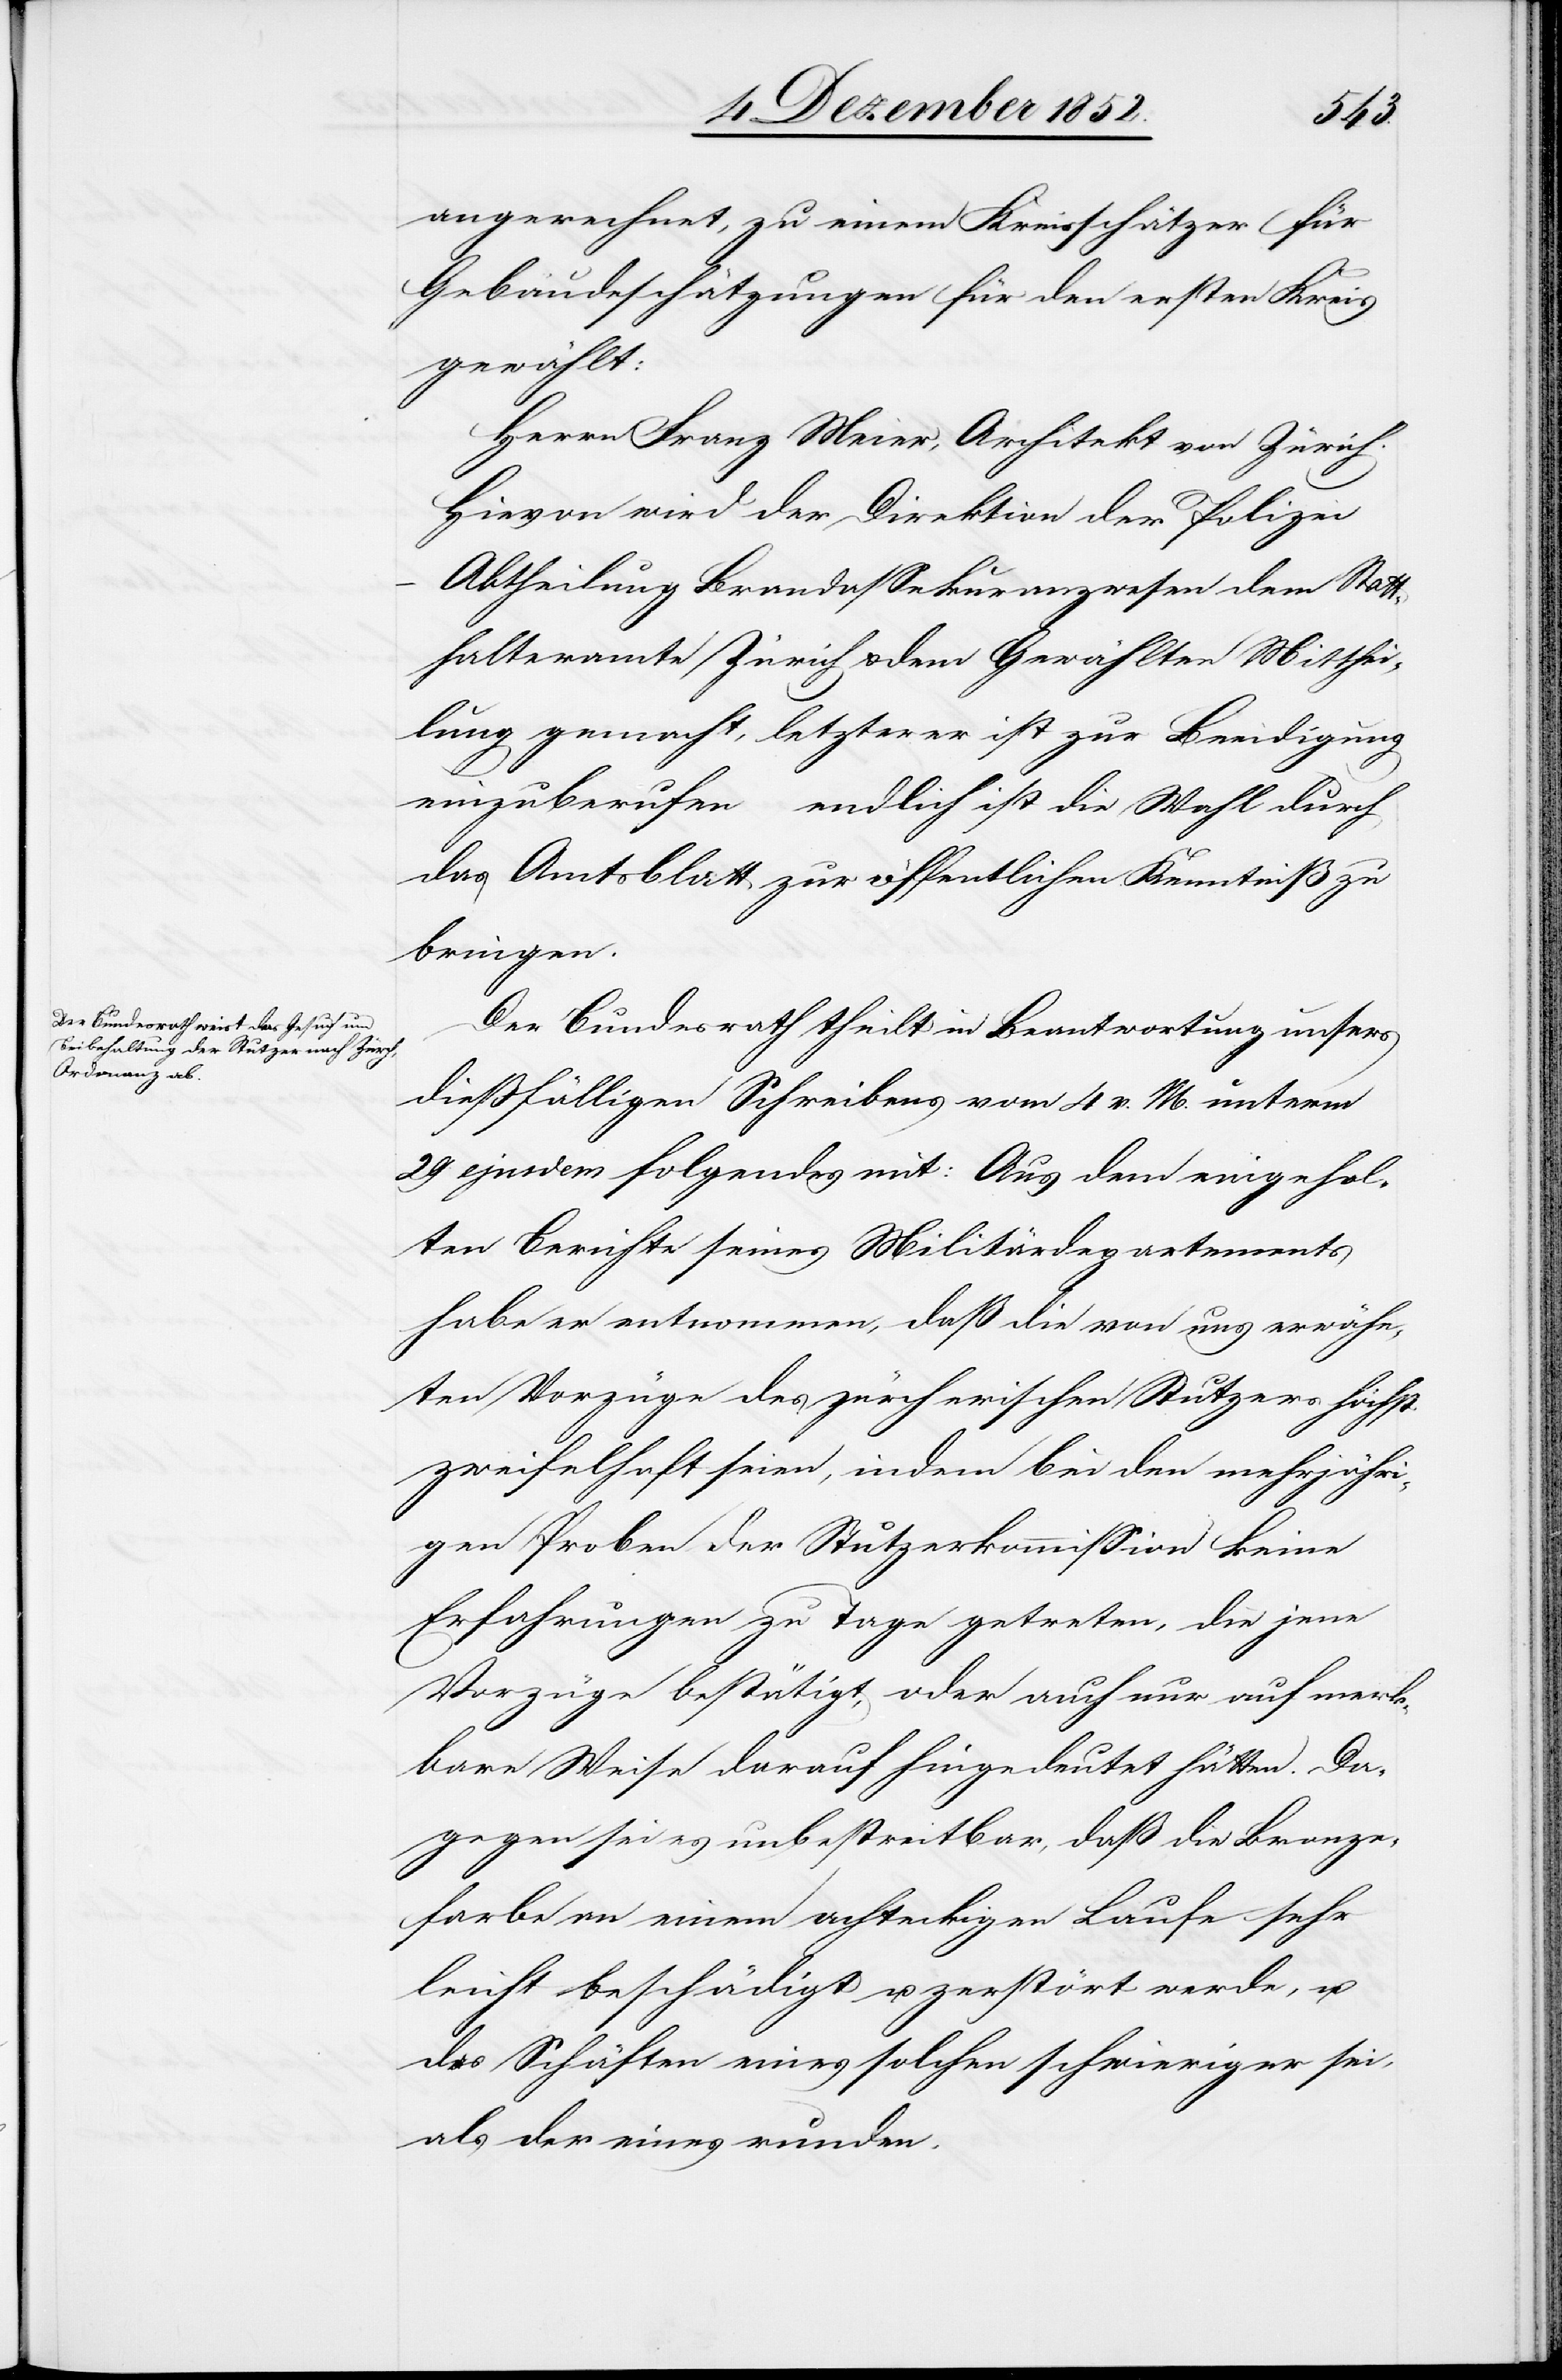
angerechnet, zu einem Kreisschätzer für
Gebäudeschätzungen für den ersten Kreis
gewählt:
Herrn Frank Meier, Architekt von Zürich.
Hievon wird der Direktion der Polizei
Abtheilung Brandassekuranzwesen[,] dem Stat¬
thalteramte Zürich & dem Gewählten Mitthei¬
lung gemacht, letzterer ist zur Beeidigung
einzuberufen … endlich ist die Wahl durch
das Amtsblatt zur öffentlichen Kenntniß zu
bringen.
Der Bundesrath theilt in Beantwortung unsers
dießfälligen Schreibens vom 4 v. M. unterm
29 ejusdem folgendes mit: Aus dem eingehol¬
ten Berichte seines Militärdepartements
habe er entnommen, daß die von uns erwähn¬
ten Vorzüge des zürcherischen Stutzers höchst
zweifelhaft seien, indem bei den mehrjähri¬
gen Proben der Stutzerkommission keine
Erfahrungen zu Tage getreten, die jene
Vorzüge bestätigt, oder auch nur auf merk¬
bare Weise darauf hingedeutet hätten. Da¬
gegen sei es unbestreitbar, daß die Bronze¬
farbe an einem achteckigen Laufe sehr
leicht beschädigt u. zerstört werde, u.
das Schäften eines solchen schwieriger sei,
als der eines runden.